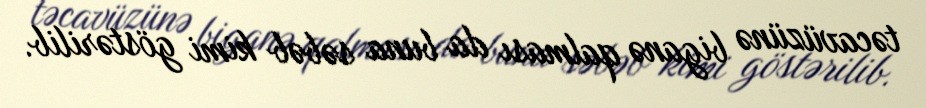
təcavüzünə biganə qalması da buna səbəb kimi göstərilib.